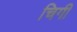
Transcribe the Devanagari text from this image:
चिगी